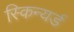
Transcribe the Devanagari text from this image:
स्किन्यर्ड